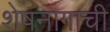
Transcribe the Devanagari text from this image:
शेषनागाची